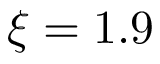
\xi = 1 . 9